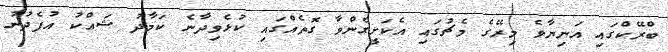
ބްރޭކްގައި އަނިޔާވެ މިރޭގެ މެޗުގައި އެކަށީގެންވާ ގޮތެއްގައި ކުޅެވިދާނެ ކަމާދު ޝައްކު އުފެދުނު